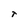
Character: T